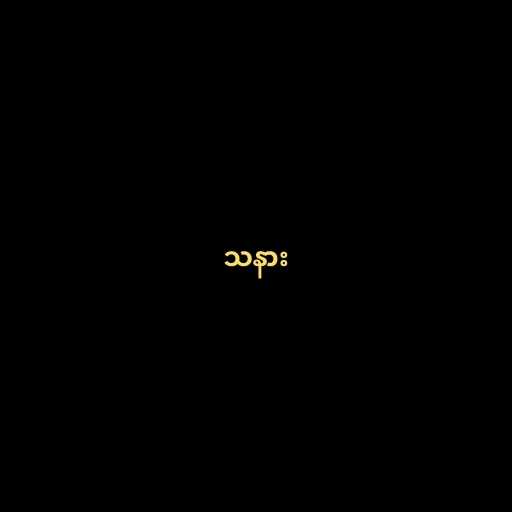
သနား